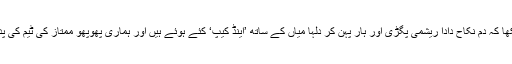
مگر سب نے دیکھا کہ دم نکاح دادا ریشمی پگڑی اور ہار پہن کر دلہا میاں کے ساتھ ’اینڈ کیپ‘ کئے ہوئے ہیں اور ہماری پھوپھو ممتاز کی ٹیم کی پدائی ہو رہی ہے ۔